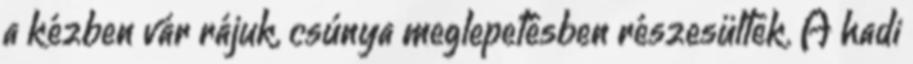
a kézben vár rájuk, csúnya meglepetésben részesültek. A hadi